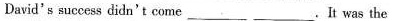
David's success didn't come ___.It was the